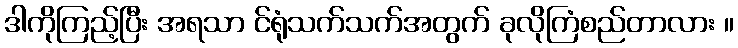
ဒါကိုကြည့်ပြီး အရသာ င်ရုံသက်သက်အတွက် ခုလိုကြံစည်တာလား ။